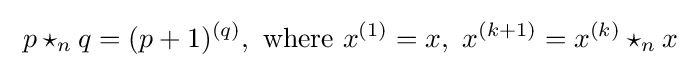
\ p\star _{n}q=(p+1)^{(q)},{\text{ where }}x^{(1)}=x,\ x^{(k+1)}=x^{(k)}\star _{n}x